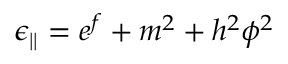
\epsilon _ { | | } = e ^ { f } + { m ^ { 2 } + h ^ { 2 } \phi ^ { 2 } }